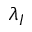
\lambda _ { I }